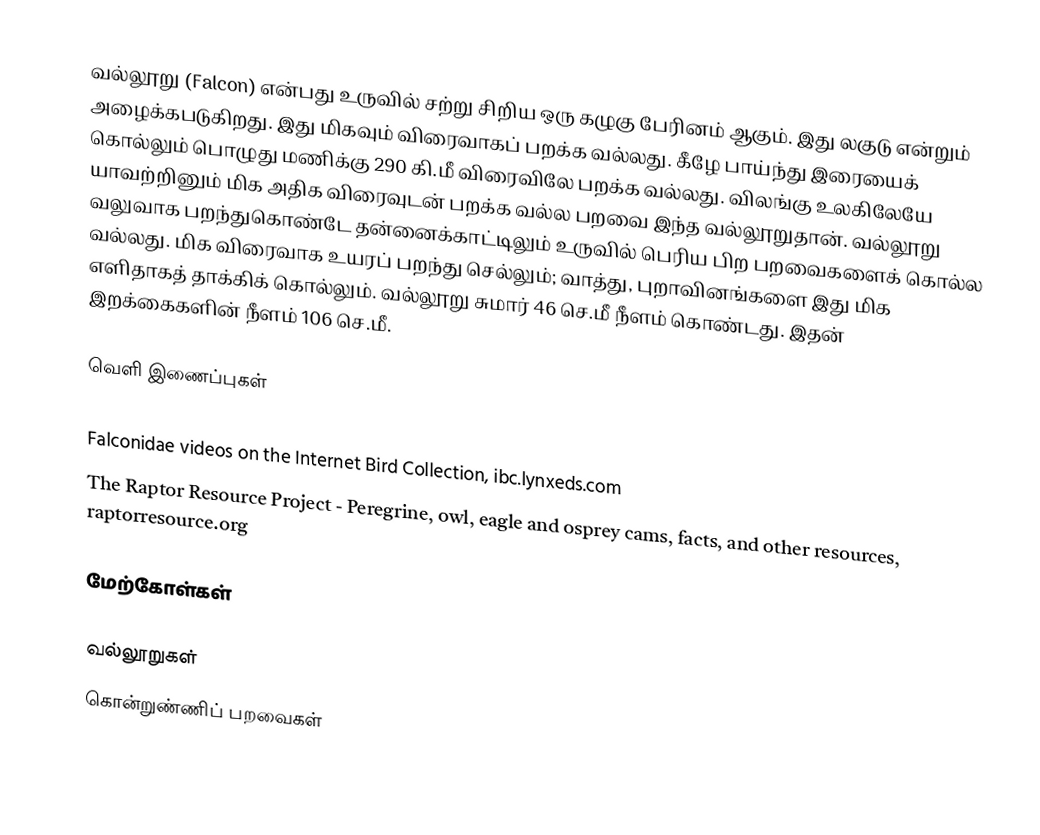
வல்லூறு (Falcon) என்பது உருவில் சற்று சிறிய ஒரு கழுகு பேரினம் ஆகும். இது லகுடு என்றும் அழைக்கபடுகிறது. இது மிகவும் விரைவாகப் பறக்க வல்லது. கீழே பாய்ந்து இரையைக் கொல்லும் பொழுது மணிக்கு 290 கி.மீ விரைவிலே பறக்க வல்லது. விலங்கு உலகிலேயே யாவற்றினும் மிக அதிக விரைவுடன் பறக்க வல்ல பறவை இந்த வல்லூறுதான். வல்லூறு வலுவாக பறந்துகொண்டே தன்னைக்காட்டிலும் உருவில் பெரிய பிற பறவைகளைக் கொல்ல வல்லது. மிக விரைவாக உயரப் பறந்து செல்லும்; வாத்து, புறாவினங்களை இது மிக எளிதாகத் தாக்கிக் கொல்லும். வல்லூறு சுமார் 46 செ.மீ நீளம் கொண்டது. இதன் இறக்கைகளின் நீளம் 106 செ.மீ.

வெளி இணைப்புகள்

Falconidae videos  on the Internet Bird Collection, ibc.lynxeds.com
The Raptor Resource Project - Peregrine, owl, eagle and osprey cams, facts, and other resources, raptorresource.org

மேற்கோள்கள்

வல்லூறுகள்
கொன்றுண்ணிப் பறவைகள்